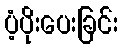
ပံ့ပိုးပေးခြင်း